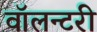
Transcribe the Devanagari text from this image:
वॉलन्टरी